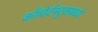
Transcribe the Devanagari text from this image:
काँचेर्टस्टुकमध्ये